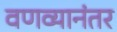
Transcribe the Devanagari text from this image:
वणव्यानंतर